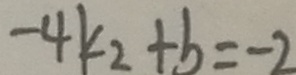
- 4 k _ { 2 } + b = - 2